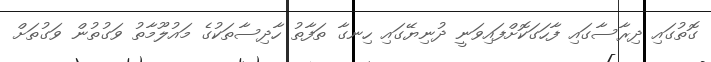
ގޮތުގައި ދިރާސާގައި ފާހަގަކޮށްފައިވަނީ ދުނިޔޭގައި ހިނގާ ތަފާތު ހާދިސާތަކުގެ މައުލޫމާތު ވަގުތުން ވަގުތަށް